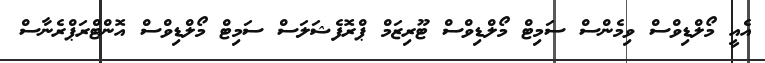
އެއީ މޯލްޑިވްސް ވިމެންސް ސަމިޓް މޯލްޑިވްސް ޓޫރިޒަމް ޕްރޮފެޝަލަސް ސަމިޓް މޯލްޑިވްސް އޮންޓްރަޕްރެނާސް